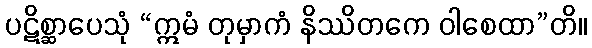
ပဋိစ္ဆာပေသုံ “ဣမံ တုမှာကံ နိဿိတကေ ဝါစေထာ”တိ။